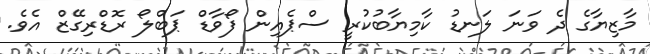
މާޒިޔާގެ ދެ ވަނަ ލަނޑު ކާމިޔާބުކުރީ ސްޕެއިން ފޯވާޑް ޕަބްލޯ ރޮޑްރިގޭޒް އެވެ.